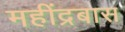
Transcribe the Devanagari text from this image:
महींद्रबास